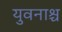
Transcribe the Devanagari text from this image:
युवनाश्च